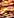
به